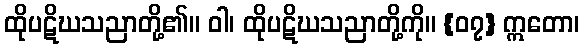
ထိုပဋိဃသညာတို့၏။ ဝါ၊ ထိုပဋိဃသညာတို့ကို။ {၀၇} ဣတော၊